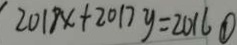
2 0 1 8 x + 2 0 1 7 y = 2 0 1 6 \textcircled { 1 }